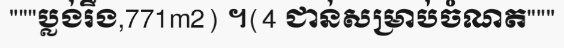
"""ប្លង់រឹង,771m2) ។(4 ជាន់សម្រាប់ចំណត"""